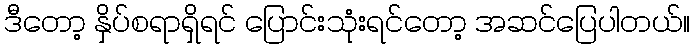
ဒီတော့ နှိပ်စရာရှိရင် ပြောင်းသုံးရင်တော့ အဆင်ပြေပါတယ်။